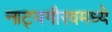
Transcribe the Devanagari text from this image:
नाट्यगौरवमध्ये